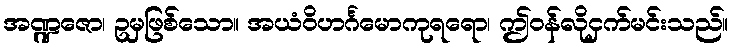
အဏ္ဍဇော၊ ဥမှဖြစ်သော။ အယံဝိဟင်္ဂမောကုရရော၊ ဤဝန်လိုငှက်မင်းသည်။